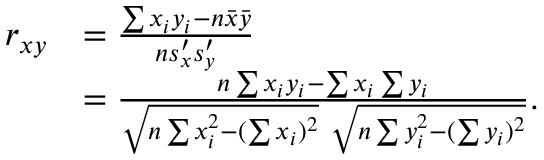
{ \begin{array} { r l } { r _ { x y } } & { = { \frac { \sum x _ { i } y _ { i } - n { \bar { x } } { \bar { y } } } { n s _ { x } ^ { \prime } s _ { y } ^ { \prime } } } } \\ & { = { \frac { n \sum x _ { i } y _ { i } - \sum x _ { i } \sum y _ { i } } { { \sqrt { n \sum x _ { i } ^ { 2 } - ( \sum x _ { i } ) ^ { 2 } } } ~ { \sqrt { n \sum y _ { i } ^ { 2 } - ( \sum y _ { i } ) ^ { 2 } } } } } . } \end{array} }